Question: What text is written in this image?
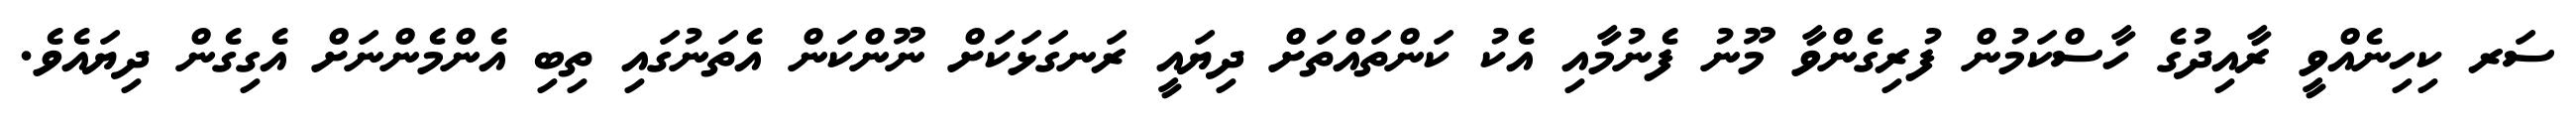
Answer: ސަރ ކިހިނެއްވީ ރާއިދުގެ ހާސްކަމުން ފުރިގެންވާ މޫނު ފެނުމާއި އެކު ކަންތައްތަށް ދިޔައީ ރަނގަޅަކަށް ނޫންކަން އެތަނުގައި ތިބި އެންމެންނަށް އެގިގެން ދިޔައެވެ.